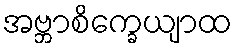
အဗ္ဘာစိက္ခေယျာထ